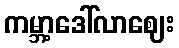
ကမ္ဘာ့ဒေါ်လာဈေး